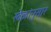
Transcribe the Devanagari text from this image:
खेळांनुसार